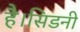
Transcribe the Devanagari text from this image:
है।सिडनी